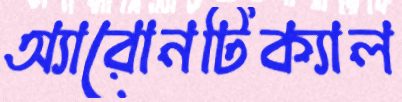
অ্যারোনটিক্যাল